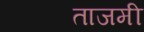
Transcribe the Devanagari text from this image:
ताजमी